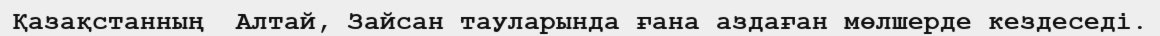
Қазақстанның  Алтай, Зайсан тауларында ғана аздаған мөлшерде кездеседі.